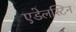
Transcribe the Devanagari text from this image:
एडेलस्टिन